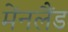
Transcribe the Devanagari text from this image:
मेंनलैंड